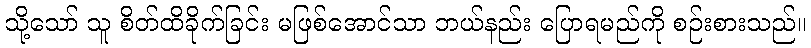
သို့သော် သူ စိတ်ထိခိုက်ခြင်း မဖြစ်အောင်သာ ဘယ်နည်း ပြောရမည်ကို စဉ်းစားသည်။